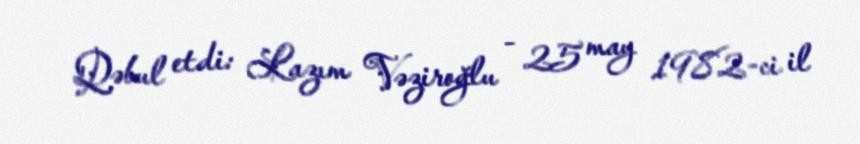
Qəbul etdi: Lazım Vəziroğlu - 25 may 1982-ci il